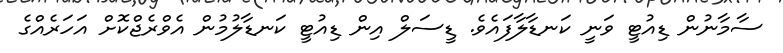
ސާމާނުން ޑިއުޓީ ވަނީ ކަނޑާލާފައެވެ. ޑީސަލް އިން ޑިއުޓީ ކަނޑާލުމުން އެވްރެޖްކޮށް އަހަރެއްގެ